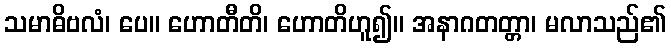
သမာဓိဗလံ၊ ပေ။ ဟောတီတိ၊ ဟောတိဟူ၍။ အနာဂတတ္တာ၊ မလာသည်၏